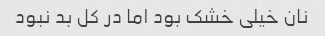
نان خیلی خشک بود اما در کل بد نبود